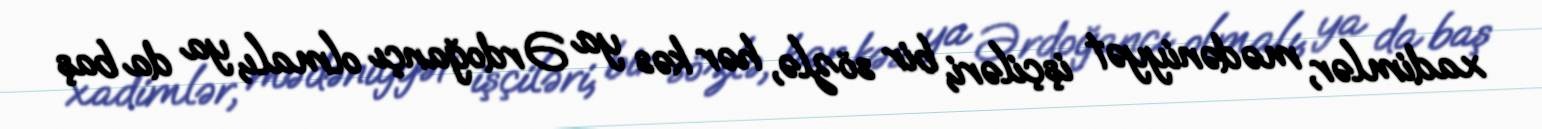
xadimlər, mədəniyyət işçiləri, bir sözlə, hər kəs ya Ərdoğançı olmalı, ya da baş